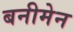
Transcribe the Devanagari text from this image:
बनीमेन